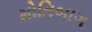
મોતિબાગ